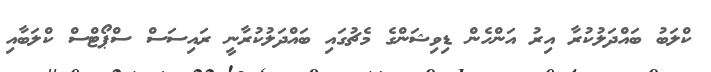
ކްލަބު ބައްދަލުކުރާ އިރު އަންހެން ޑިވިޝަންގެ މެޗުގައި ބައްދަލުކުރާނީ ރައިސަސް ސްޕޯޓްސް ކްލަބާއި